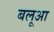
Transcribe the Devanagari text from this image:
बलूआ